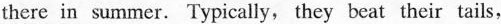
there in summer. Typically, they beat their tails,